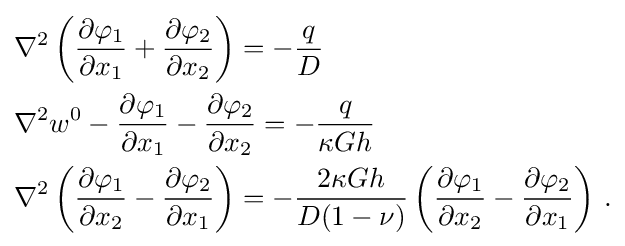
{\begin{aligned}&\nabla ^{2}\left({\frac {\partial \varphi _{1}}{\partial x_{1}}}+{\frac {\partial \varphi _{2}}{\partial x_{2}}}\right)=-{\frac {q}{D}}\\&\nabla ^{2}w^{0}-{\frac {\partial \varphi _{1}}{\partial x_{1}}}-{\frac {\partial \varphi _{2}}{\partial x_{2}}}=-{\frac {q}{\kappa Gh}}\\&\nabla ^{2}\left({\frac {\partial \varphi _{1}}{\partial x_{2}}}-{\frac {\partial \varphi _{2}}{\partial x_{1}}}\right)=-{\frac {2\kappa Gh}{D(1-\nu )}}\left({\frac {\partial \varphi _{1}}{\partial x_{2}}}-{\frac {\partial \varphi _{2}}{\partial x_{1}}}\right)\,.\end{aligned}}